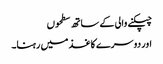
چپکنے والی کے ساتھ سطحوں
اور دوسرے کاغذ میں رہنا۔